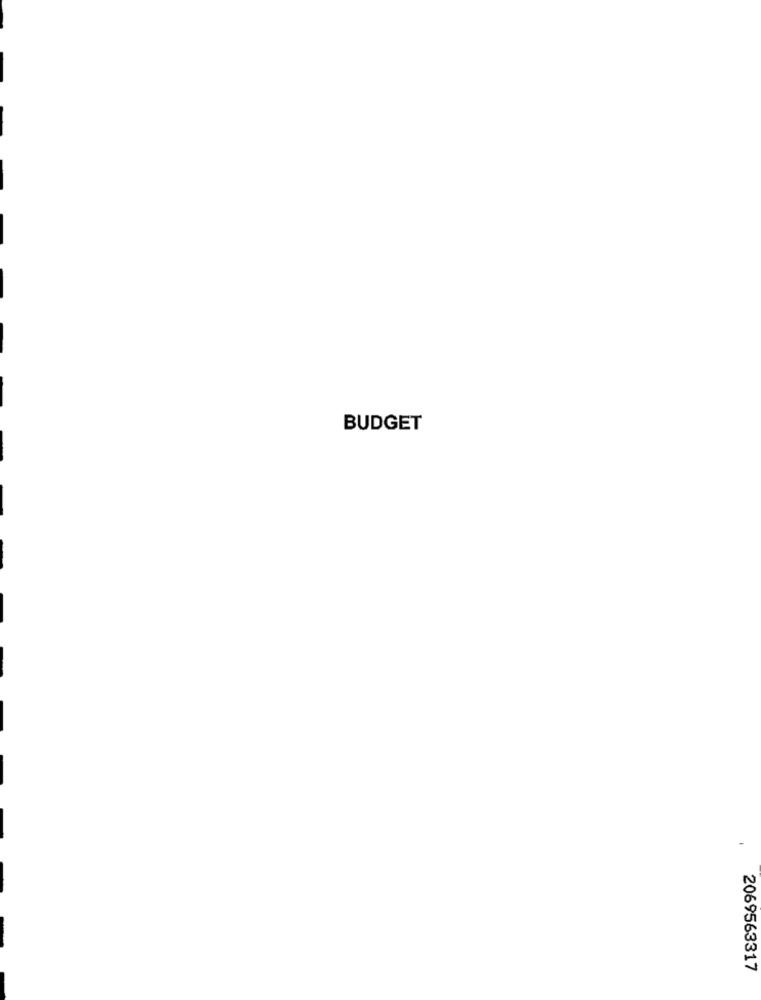
BUDGET
2069563317